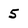
Character: 5